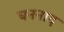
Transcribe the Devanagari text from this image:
घननाद